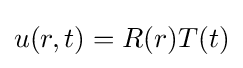
u(r,t)=R(r)T(t)